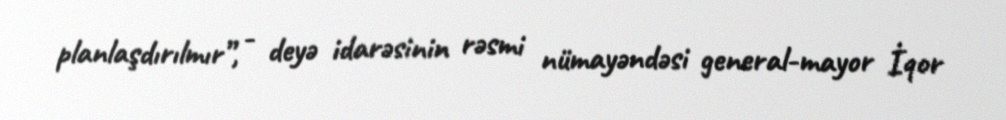
planlaşdırılmır”, - deyə idarəsinin rəsmi nümayəndəsi general-mayor İqor